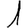
Digit: 1